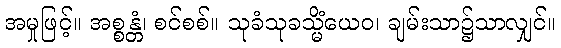
အမှုဖြင့်။ အစ္စန္တံ၊ စင်စစ်။ သုခံသုခသ္မိံယေဝ၊ ချမ်းသာ၌သာလျှင်။